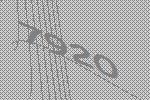
7920